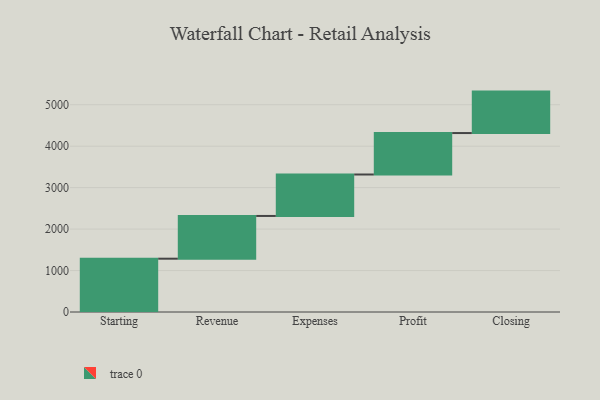
{"axis": {"x": "Step", "y": "Value"}, "legend": [""], "data": [{"x": "Starting", "y": 1286.0, "type": ""}, {"x": "Revenue", "y": 1031.0, "type": ""}, {"x": "Expenses", "y": 1000, "type": ""}, {"x": "Profit", "y": 1000, "type": ""}, {"x": "Closing", "y": 1000, "type": ""}]}